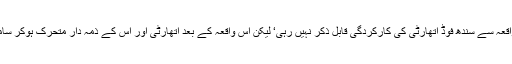
لیکن اس واقعہ سے سندھ فوڈ اتھارٹی کی کارکردگی قابل ذکر نہیں رہی‘ لیکن اس واقعہ کے بعد اتھارٹی اور اس کے ذمہ دار متحرک ہوکر سامنے آگئے۔